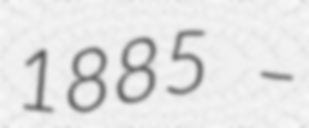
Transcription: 1885 –